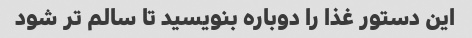
این دستور غذا را دوباره بنویسید تا سالم تر شود